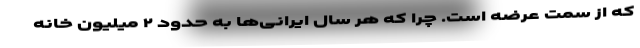
که از سمت عرضه است. چرا که هر سال ایرانی‌ها به حدود ۲ میلیون خانه